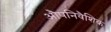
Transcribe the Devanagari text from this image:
औपनिवैशिक